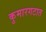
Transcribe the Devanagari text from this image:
कुमारगटात